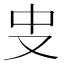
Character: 㕜